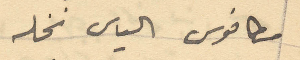
مطانوس الياس نخله